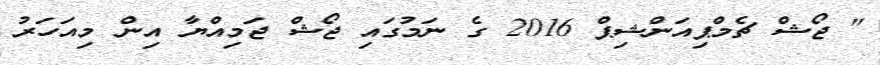
" ޖޯޝް ޗެމްޕިއަންޝިޕް 2016 ގެ ނަމުގައި ޖޯޝް ޖަމިއްޔާ އިން މިއަހަރު